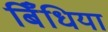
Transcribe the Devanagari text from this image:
बिँधिया